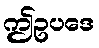
ဤဥပဒေ